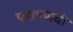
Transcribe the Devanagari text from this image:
फसण्याची